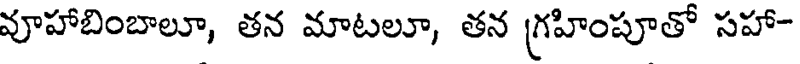
వూహాబింబాలూ, తన మాటలూ, తన గ్రహింపూతో సహా-